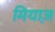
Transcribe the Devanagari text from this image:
मियाज़